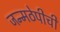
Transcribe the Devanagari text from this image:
जन्मठेपीची